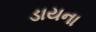
ડાયના